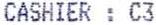
CASHIER : C3